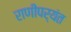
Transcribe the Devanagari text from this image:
राणीपर्यंत